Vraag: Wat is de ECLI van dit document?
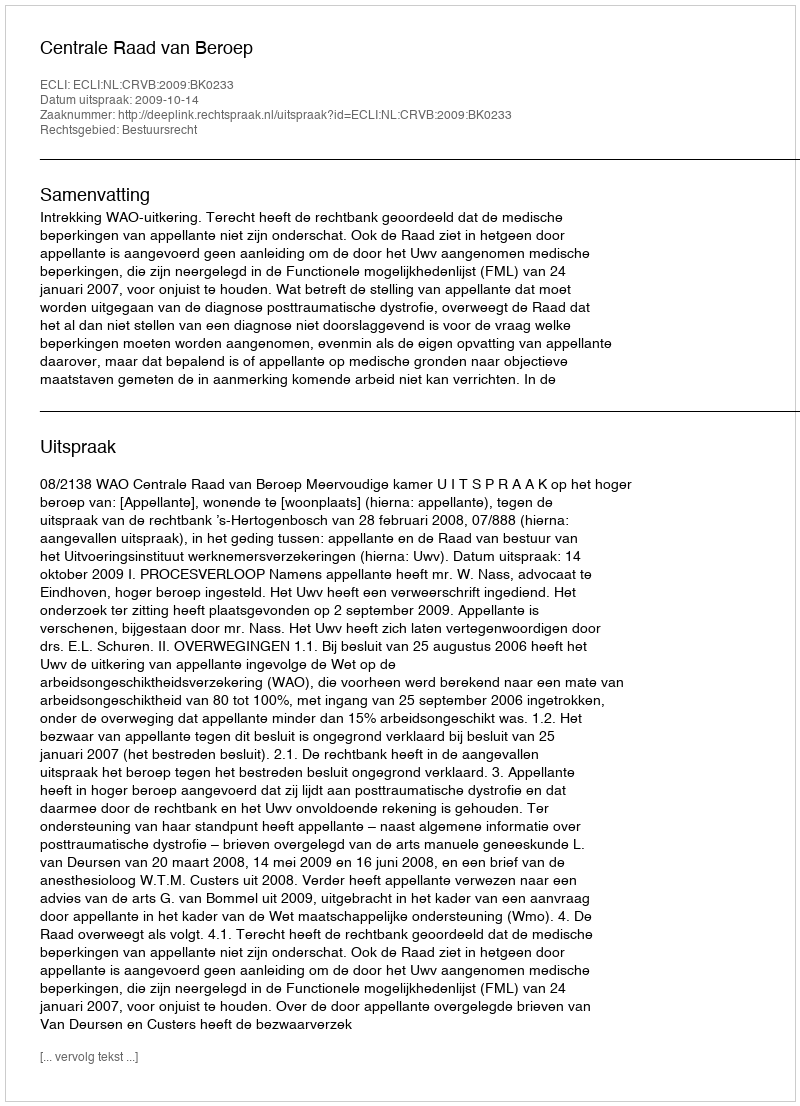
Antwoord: ECLI:NL:CRVB:2009:BK0233